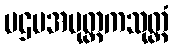
ပဌမအပုတ္တကသုတ္တံ